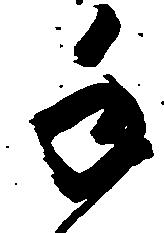
手